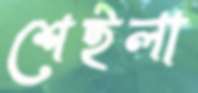
শেইলা